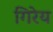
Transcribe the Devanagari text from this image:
गिरेय